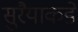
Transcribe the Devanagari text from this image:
सुरैयाकडे